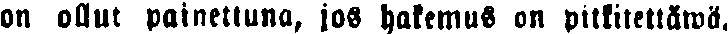
on ollut painettuna, jos hakemus on pitkitettäwä.